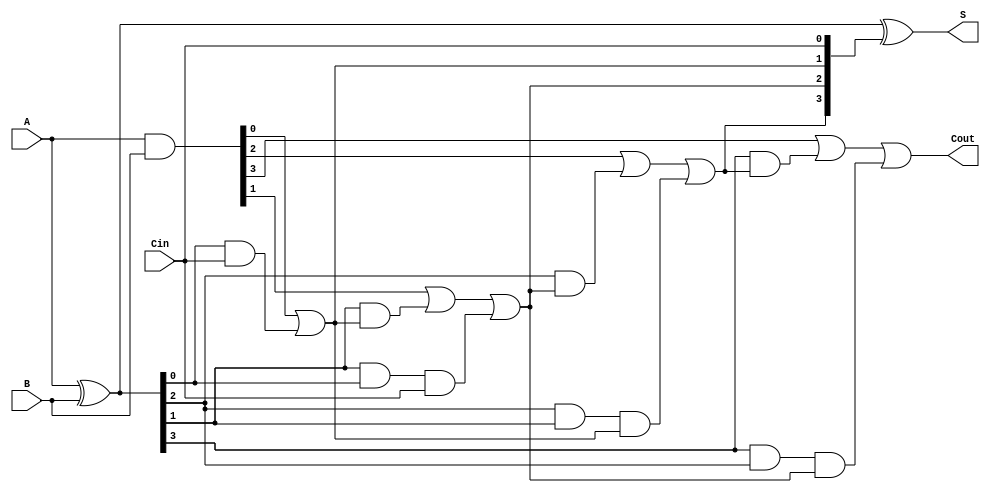
module CarryLookaheadAdder #(parameter n = 4) (
    input [n-1:0] A,      // n-bit input A
    input [n-1:0] B,      // n-bit input B
    input Cin,            // Carry-in
    output [n-1:0] S,     // n-bit sum output
    output Cout           // Carry-out
);

    wire [n-1:0] G;       // Generate signals
    wire [n-1:0] P;       // Propagate signals
    wire [n:0] C;         // Carry signals

    // Generate and Propagate calculations
    assign G = A & B;            // G[i] = A[i] & B[i]
    assign P = A ^ B;            // P[i] = A[i] ^ B[i]

    // Carry calculations
    assign C[0] = Cin;           // C[0] = Cin

    genvar i;
    generate
        for (i = 0; i < n; i = i + 1) begin : carry_calc
            if (i == 0) begin
                assign C[i+1] = G[i] | (P[i] & C[i]); // C[1] = G[0] + (P[0] * C[0])
            end else begin
                assign C[i+1] = G[i] | (P[i] & C[i]) | (P[i] & P[i-1] & C[i-1]); // Generalized carry calculation
            end
        end
    endgenerate

    // Sum calculation
    assign S = P ^ C[n-1:0];    // S[i] = P[i] ^ C[i]

    // Final carry-out
    assign Cout = C[n];          // Cout = C[n]

endmodule